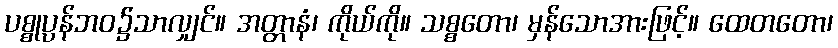
ပစ္စုပ္ပန်ဘဝ၌သာလျှင်။ အတ္တာနံ၊ ကိုယ်ကို။ သစ္စတော၊ မှန်သောအားဖြင့်။ ထေတတော၊